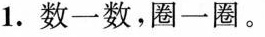
1. 数一数，圈一圈。